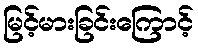
မြင့်မားခြင်းကြောင့်